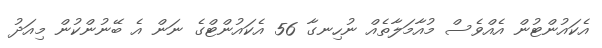
އެކައުންޓުން އެއްވެސް މުއާމަލާތެއް ނުހިނގާ 56 އެކައުންޓްގެ ނަން އެ ބޭނުންކުން މިއަދު